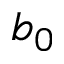
b _ { 0 }